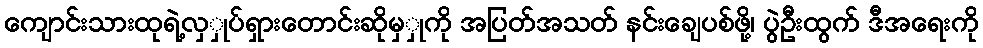
ကျောင်းသားထုရဲ့လှှုပ်ရှားတောင်းဆိုမှှုကို အပြတ်အသတ် နင်းချေပစ်ဖို့၊ ပွဲဦးထွက် ဒီအရေးကို